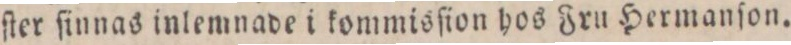
ſter ſinnas inlemnade i kommisſion hos Fru Hermanſon.